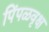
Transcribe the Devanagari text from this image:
पिंपळवृक्ष